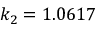
k _ { 2 } = 1 . 0 6 1 7